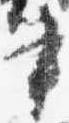
書